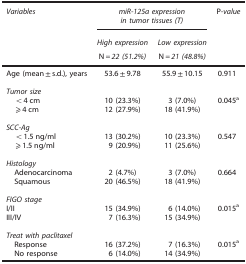
<table><thead><tr><td><b><i>Variables</i></b></td><td colspan="2"><b><i>miR-125a expression in tumor tissues (T)</i></b></td><td><b>P<i>-value</i></b></td></tr><tr><td><b> </b></td><td><b><i>High expression</i></b></td><td><b><i>Low expression</i></b></td><td><b> </b></td></tr><tr><td><b> </b></td><td><b>N<i>=22 (51.2%)</i></b></td><td><b>N<i>=21 (48.8%)</i></b></td><td><b> </b></td></tr></thead><tbody><tr><td>Age (mean±s.d.), years</td><td>53.6±9.78</td><td>55.9±10.15</td><td>0.911</td></tr><tr><td> </td><td> </td><td> </td><td> </td></tr><tr><td colspan="4"><i>Tumor size</i></td></tr><tr><td> &lt;4 cm</td><td>10 (23.3%)</td><td>3 (7.0%)</td><td>0.045a</td></tr><tr><td> ⩾4 cm</td><td>12 (27.9%)</td><td>18 (41.9%)</td><td> </td></tr><tr><td> </td><td> </td><td> </td><td> </td></tr><tr><td colspan="4"><i>SCC-Ag</i></td></tr><tr><td> &lt;1.5 ng/ml</td><td>13 (30.2%)</td><td>10 (23.3%)</td><td>0.547</td></tr><tr><td> ⩾1.5 ng/ml</td><td>9 (20.9%)</td><td>11 (25.6%)</td><td> </td></tr><tr><td> </td><td> </td><td> </td><td> </td></tr><tr><td colspan="4"><i>Histology</i></td></tr><tr><td> Adenocarcinoma</td><td>2 (4.7%)</td><td>3 (7.0%)</td><td>0.664</td></tr><tr><td> Squamous</td><td>20 (46.5%)</td><td>18 (41.9%)</td><td> </td></tr><tr><td> </td><td> </td><td> </td><td> </td></tr><tr><td colspan="4"><i>FIGO stage</i></td></tr><tr><td>I/II</td><td>15 (34.9%)</td><td>6 (14.0%)</td><td>0.015a</td></tr><tr><td>III/IV</td><td>7 (16.3%)</td><td>15 (34.9%)</td><td> </td></tr><tr><td> </td><td> </td><td> </td><td> </td></tr><tr><td colspan="4"><i>Treat with paclitaxel</i></td></tr><tr><td> Response</td><td>16 (37.2%)</td><td>7 (16.3%)</td><td>0.015a</td></tr><tr><td> No response</td><td>6 (14.0%)</td><td>14 (34.9%)</td><td> </td></tr></tbody></table>